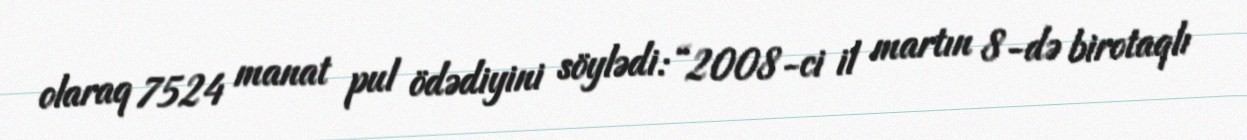
olaraq 7524 manat pul ödədiyini söylədi: “2008-ci il martın 8-də birotaqlı